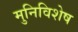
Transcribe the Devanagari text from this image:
मुनिविशेष